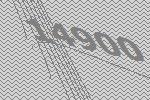
14900